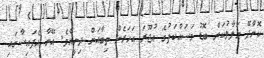
ކޮށްދޭ ޙަލާލުކަން ބޮޑު މަސައްކަތުގެ އުޖޫރަ އަހަރެން ތިބާއަށް ދިނީއެވެ. އޭނާ އެފައިސާގައި